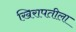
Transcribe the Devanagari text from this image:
खिरापतीला